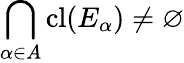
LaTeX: \bigcap_{\alpha\in A}\operatorname{cl}(E_{\alpha})\neq\varnothing